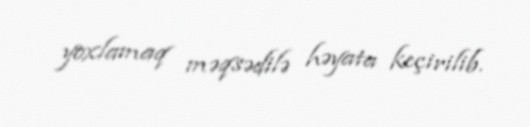
yoxlamaq məqsədilə həyata keçirilib.